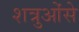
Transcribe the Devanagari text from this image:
शत्रुओंसे